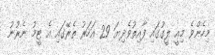
މިހެންވެ މިއީ ލީގުގައި ފާއިތުވެދިޔަ 29 އަހަރު ތެރޭގައި އެ ޓީމު ނެރުނު